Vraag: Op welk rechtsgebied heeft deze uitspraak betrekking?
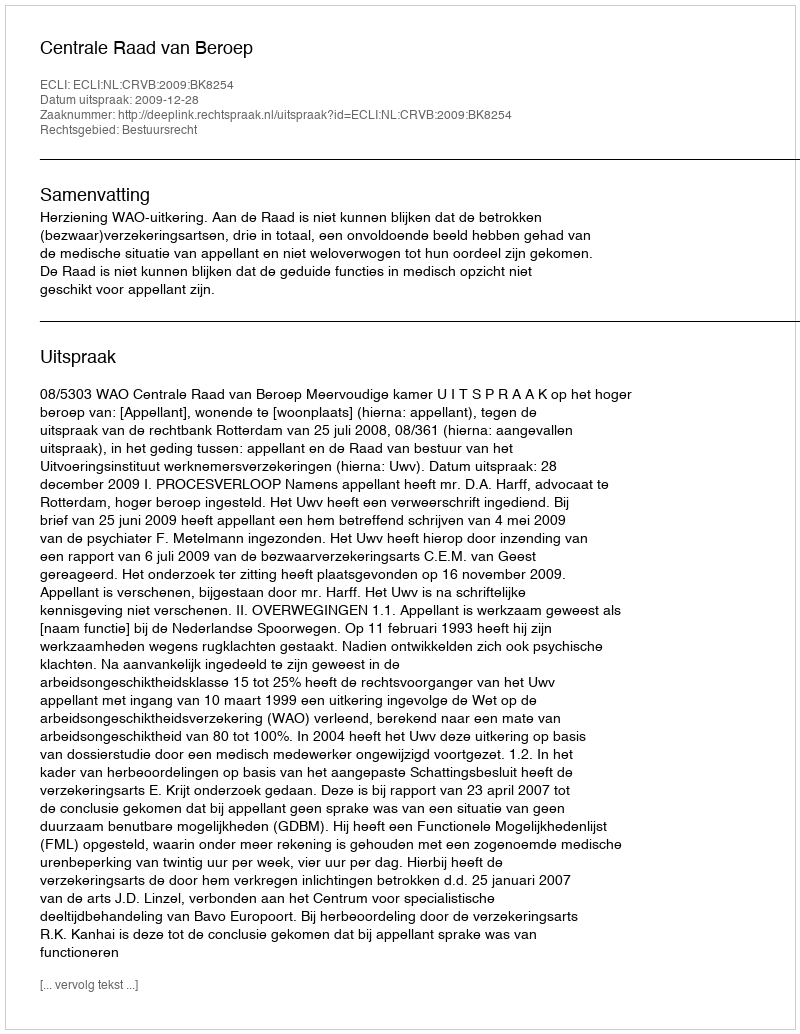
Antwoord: Bestuursrecht